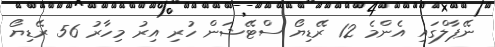
ނޭޕާލްގައި އެންމެ 12 ރޭޑިޔޯ ސްޓޭޝަން ހުރި އިރު މިހާރު 56 ރޭޑިޔޯ